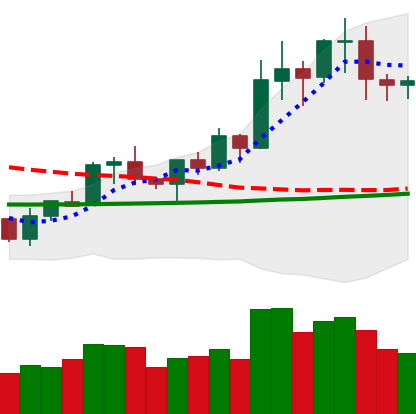
Ticker: NEO-USD
Chart end date: 2020-01-21
Forward return: -3.806%
Label: down_3_5